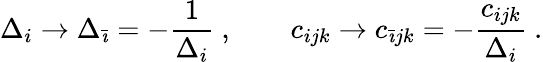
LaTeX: \Delta_{i}\rightarrow\Delta_{\bar{\imath}}=-{\frac{1}{\Delta_{i}}}\ ,\qquad c_{ijk}\rightarrow c_{\bar{\imath}jk}=-{\frac{c_{ijk}}{\Delta_{i}}}\ .